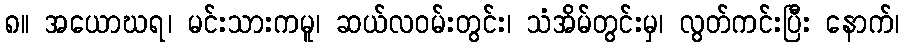
၈။ အယောဃရ၊ မင်းသားကမူ၊ ဆယ်လဝမ်းတွင်း၊ သံအိမ်တွင်းမှ၊ လွတ်ကင်းပြီး နောက်၊